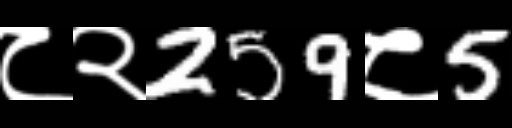
Text: ८२259८5